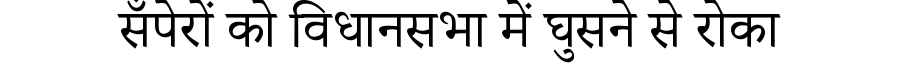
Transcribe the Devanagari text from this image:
सँपेरों को विधानसभा में घुसने से रोका